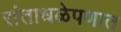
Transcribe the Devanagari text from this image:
रांताधळेपणात